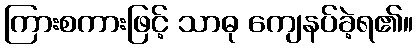
ကြားစကားဖြင့် သာဓု ကျေနပ်ခဲ့ရ၏။